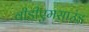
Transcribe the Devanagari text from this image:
वीडीएमसाउंड